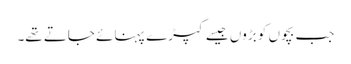
جب بچوں کو بڑوں جیسے کپڑے پہنائے جاتے تھے۔